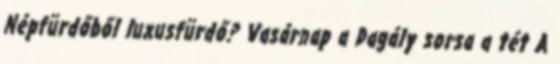
Népfürdőből luxusfürdő? Vasárnap a Dagály sorsa a tét A